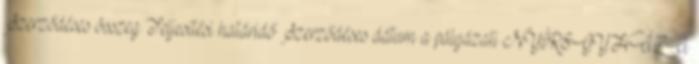
Szerződéses összeg Teljesítési határidő Szerződéses dátum a pályázati NYÍREGYHÁZA